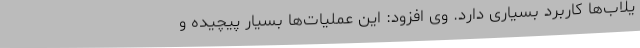
یلاب‌ها کاربرد بسیاری دارد. وی افزود: این عملیات‌ها بسیار پیچیده و